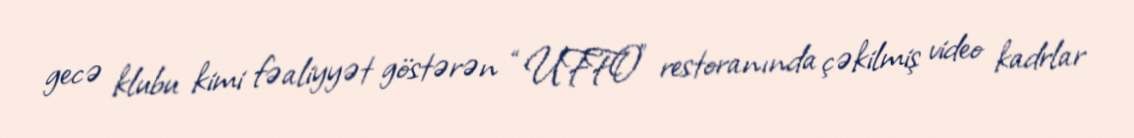
gecə klubu kimi fəaliyyət göstərən “UFFO” restoranında çəkilmiş video kadrlar